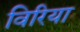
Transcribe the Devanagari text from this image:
विरिया